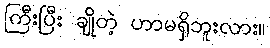
ကြီးပြီး ချိုတဲ့ ဟာမရှိဘူးလား။